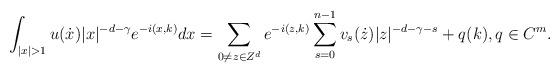
LaTeX: \begin{align*}\int_{|x|>1}u(\dot{x})|x|^{-d-\gamma}e^{-i(x,k)}dx=\sum_{0\neq z\in Z^d} e^{-i(z,k)}\sum_{s=0}^{n-1}v_s(\dot{z})|z|^{-d-\gamma-s}+q(k), q\in C^m.\end{align*}